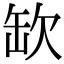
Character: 缼